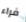
فراء